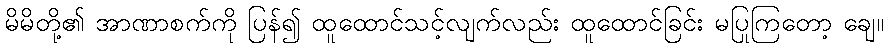
မိမိတို့၏ အာဏာစက်ကို ပြန်၍ ထူထောင်သင့်လျက်လည်း ထူထောင်ခြင်း မပြုကြတော့ ချေ။